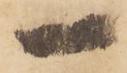
一